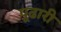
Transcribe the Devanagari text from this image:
पूढारी